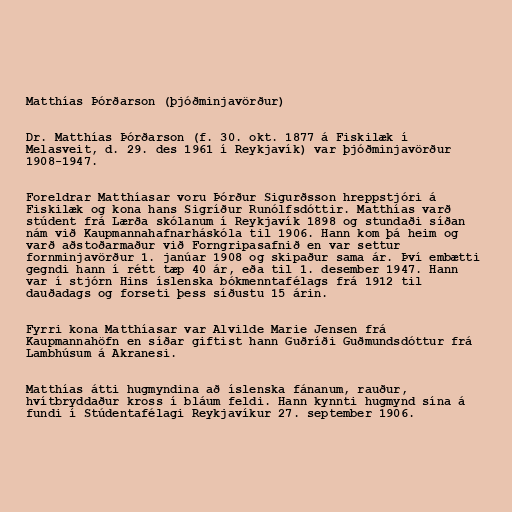
Matthías Þórðarson (þjóðminjavörður)

Dr. Matthías Þórðarson (f. 30. okt. 1877 á Fiskilæk í
Melasveit, d. 29. des 1961 í Reykjavík) var þjóðminjavörður
1908-1947.

Foreldrar Matthíasar voru Þórður Sigurðsson hreppstjóri á
Fiskilæk og kona hans Sigríður Runólfsdóttir. Matthías varð
stúdent frá Lærða skólanum í Reykjavík 1898 og stundaði síðan
nám við Kaupmannahafnarháskóla til 1906. Hann kom þá heim og
varð aðstoðarmaður við Forngripasafnið en var settur
fornminjavörður 1. janúar 1908 og skipaður sama ár. Því embætti
gegndi hann í rétt tæp 40 ár, eða til 1. desember 1947. Hann
var í stjórn Hins íslenska bókmenntafélags frá 1912 til
dauðadags og forseti þess síðustu 15 árin.

Fyrri kona Matthíasar var Alvilde Marie Jensen frá
Kaupmannahöfn en síðar giftist hann Guðríði Guðmundsdóttur frá
Lambhúsum á Akranesi.

Matthías átti hugmyndina að íslenska fánanum, rauður,
hvítbryddaður kross í bláum feldi. Hann kynnti hugmynd sína á
fundi í Stúdentafélagi Reykjavíkur 27. september 1906.